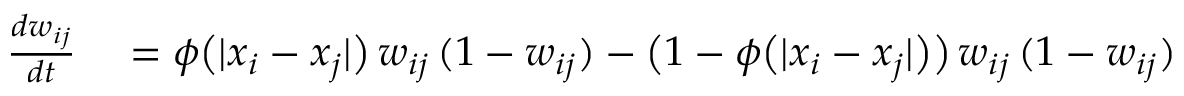
\begin{array} { r l } { \frac { d w _ { i j } } { d t } } & { { } = \phi \big ( | x _ { i } - x _ { j } | \big ) \, w _ { i j } \, ( 1 - w _ { i j } ) - \big ( 1 - \phi \big ( | x _ { i } - x _ { j } | \big ) \big ) \, w _ { i j } \, ( 1 - w _ { i j } ) } \end{array}